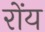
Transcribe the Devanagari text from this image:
रोंय